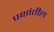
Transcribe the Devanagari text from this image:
पक्षांतील